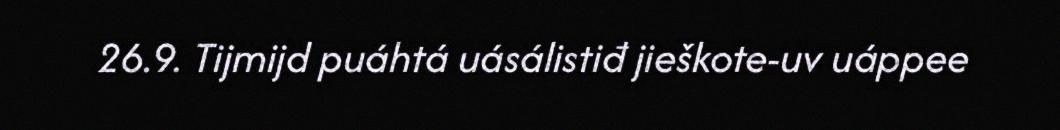
26.9. Tijmijd puáhtá uásálistiđ jieškote-uv uáppee